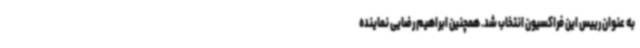
به عنوان رییس این فراکسیون انتخاب شد. همچنین ابراهیم رضایی نماینده